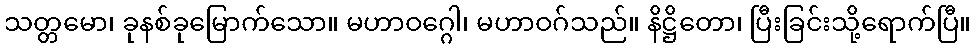
သတ္တမော၊ ခုနစ်ခုမြောက်သော။ မဟာဝဂ္ဂေါ၊ မဟာဝဂ်သည်။ နိဋ္ဌိတော၊ ပြီးခြင်းသို့ရောက်ပြီ။